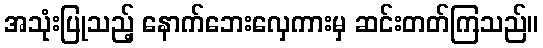
အသုံးပြုသည့် နောက်ဘေးလှေကားမှ ဆင်းတတ်ကြသည်။